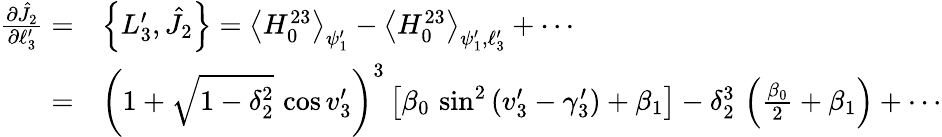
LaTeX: \begin{array}{rl}{\frac{\partial\hat{J}_{2}}{\partial\ell_{3}^{\prime}}=}&{\left\{ L_{3}^{\prime},\hat{J}_{2}\right\} =\left\langle H_{0}^{23}\right\rangle_{\psi_{1}^{\prime}}-\left\langle H_{0}^{23}\right\rangle_{\psi_{1}^{\prime},\ell_{3}^{\prime}}+\cdots}\\ {=}&{\left(1+\sqrt{1-\delta_{2}^{2}}\, \cos v_{3}^{\prime}\right)^{3}\left[\beta_{0}\, \sin^{2}\left(v_{3}^{\prime}-\gamma_{3}^{\prime}\right)+\beta_{1}\right]-\delta_{2}^{3}\, \left(\frac{\beta_{0}}{2}+\beta_{1}\right)+\cdots}\end{array}